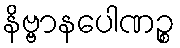
နိဗ္ဗာနပေါဏဉ္စ